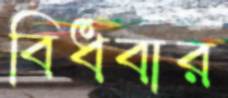
বিধবার